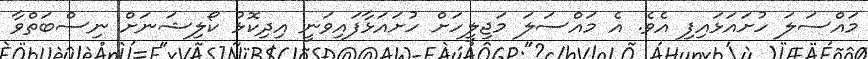
މައްސަލަ ހުށައަޅައިފި އެވެ. އެ މައްސަލަ މަޖިލީހަށް ހުށައަޅާފައިވަނީ އިދިކޮޅު ކޯލިޝަނަށް ނިސްބަތްވާ